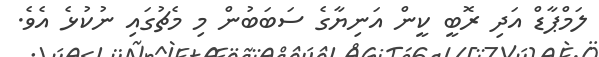
ލަމްޕާޑް އަދި ރޮބީ ކީން އަނިޔާގެ ސަބަބުން މި މެޗުގައި ނުކުޅެ އެވެ.